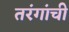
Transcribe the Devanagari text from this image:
तरंगांची